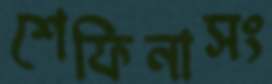
শেফিনাসং